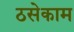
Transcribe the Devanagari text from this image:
ठसेकाम